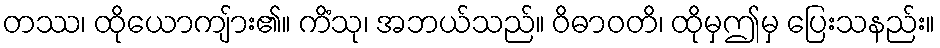
တဿ၊ ထိုယောကျ်ား၏။ ကိံသု၊ အဘယ်သည်။ ဝိဓာဝတိ၊ ထိုမှဤမှ ပြေးသနည်း။